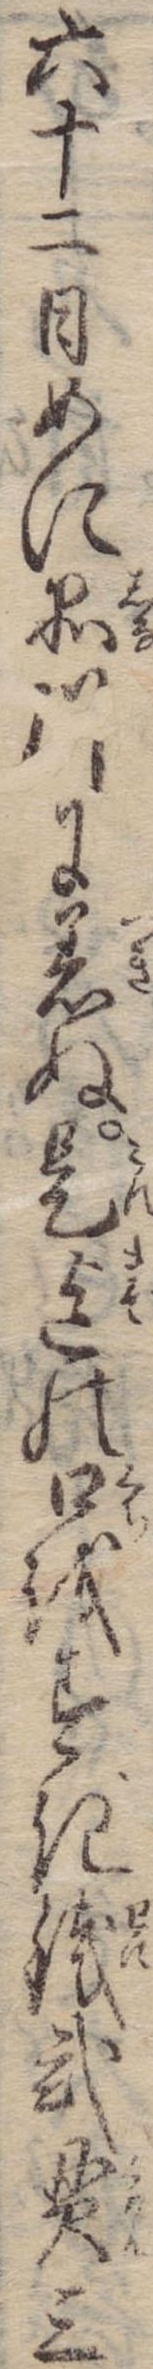
六十二日めに品川に着ぬ是迄の口をすぎ銭弐貫三